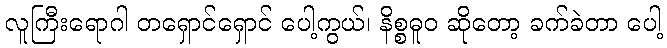
လူကြီးရောဂါ တရှောင်ရှောင် ပေါ့ကွယ်၊ နိစ္စဓူဝ ဆိုတော့ ခက်ခဲတာ ပေါ့